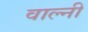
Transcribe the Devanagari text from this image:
वाल्नी